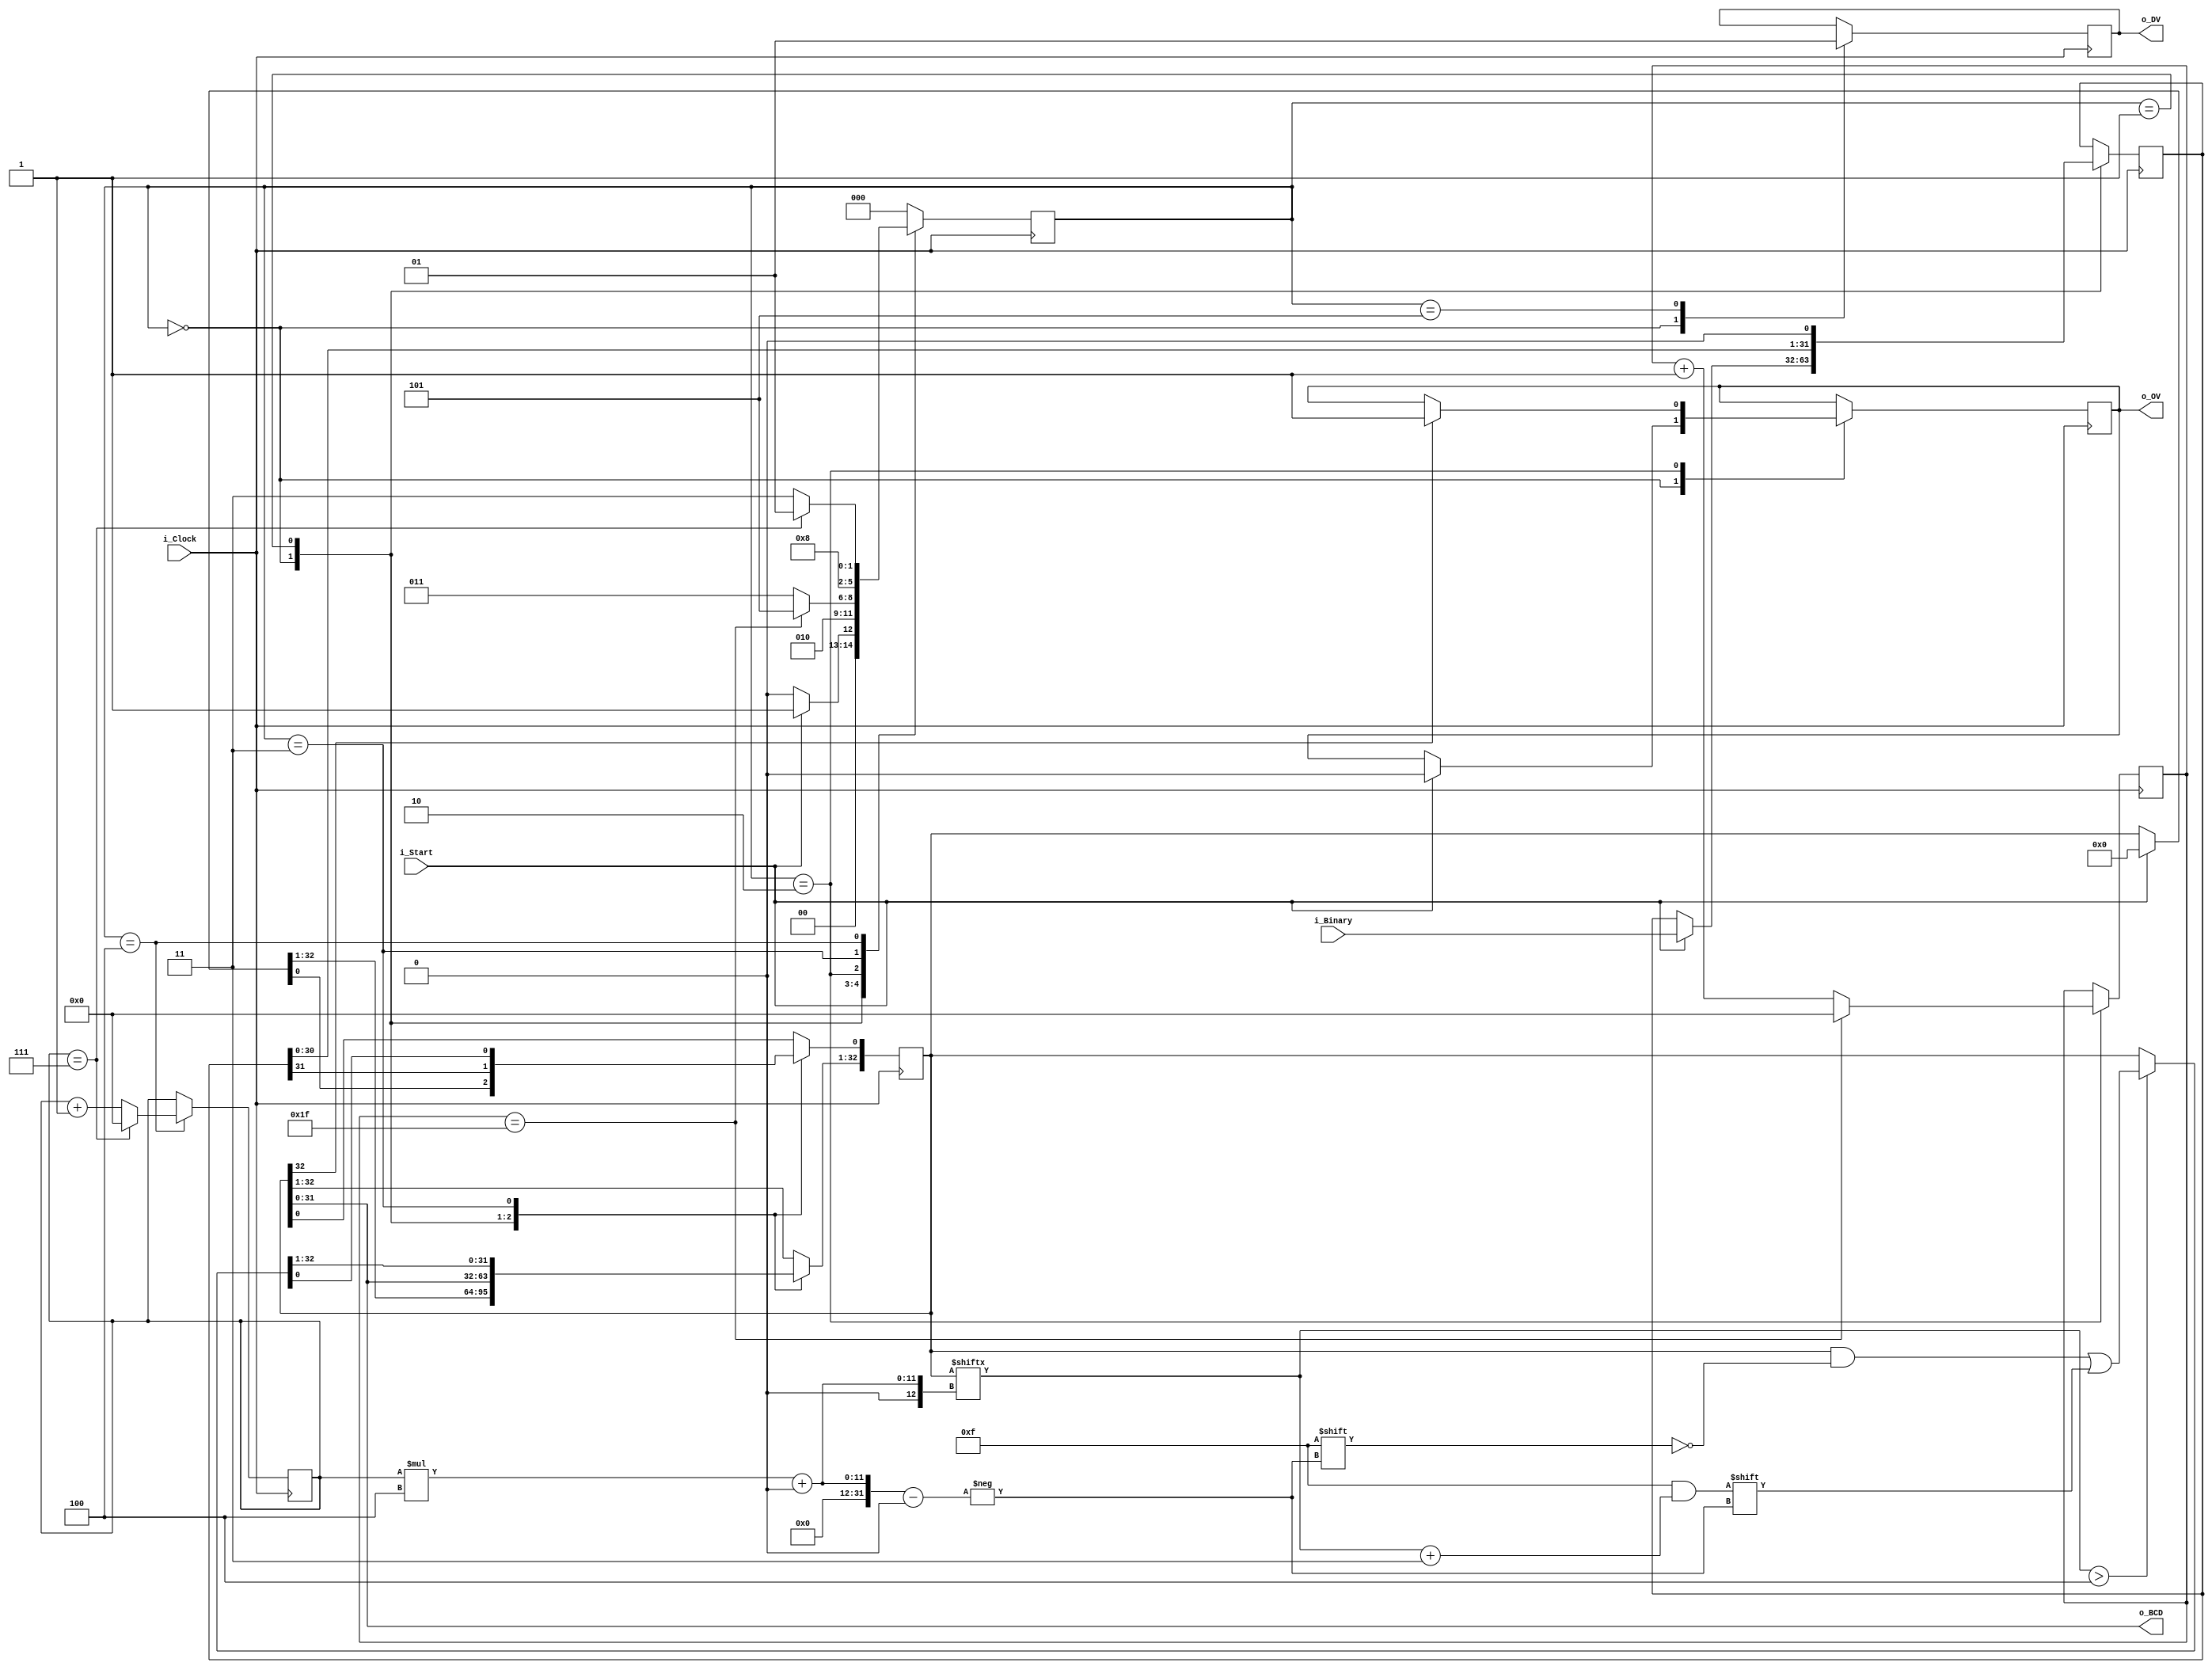
`timescale 1ns / 1ps

///////////////////////////////////////////////////////////////////////////////
// File Downloaded from http://www.nandland.com
///////////////////////////////////////////////////////////////////////////////
module Binary_to_BCD
  #(parameter INPUT_WIDTH = 32,
    parameter DECIMAL_DIGITS = 8)
  (
   input                         i_Clock,
   input [INPUT_WIDTH-1:0]       i_Binary,
   input                         i_Start,
   //
   output [DECIMAL_DIGITS*4-1:0] o_BCD,
   output                        o_DV,
   output                        o_OV
   );
   
  localparam s_IDLE              = 3'b000;
  localparam s_SHIFT             = 3'b001;
  localparam s_CHECK_SHIFT_INDEX = 3'b010;
  localparam s_ADD               = 3'b011;
  localparam s_CHECK_DIGIT_INDEX = 3'b100;
  localparam s_BCD_DONE          = 3'b101;
   
  reg [2:0] r_SM_Main = s_IDLE;
   
  // The vector that contains the output BCD, plus one bit for overflow detection.
  reg [DECIMAL_DIGITS*4:0] r_BCD = 0;
    
  // The vector that contains the input binary value being shifted.
  reg [INPUT_WIDTH-1:0]      r_Binary = 0;
      
  // Keeps track of which Decimal Digit we are indexing
  reg [DECIMAL_DIGITS-1:0]   r_Digit_Index = 0;
    
  // Keeps track of which loop iteration we are on.
  // Number of loops performed = INPUT_WIDTH
  reg [7:0]                  r_Loop_Count = 0;
 
  wire [3:0]                 w_BCD_Digit;
  reg                        r_DV = 1'b0;
  reg                        r_OV = 1'b0;
    
  always @(posedge i_Clock)
    begin
 
      case (r_SM_Main) 
  
        // Stay in this state until i_Start comes along
        s_IDLE :
          begin
            r_DV <= 1'b0;
             
            if (i_Start == 1'b1)
              begin
                r_Binary  <= i_Binary;
                r_SM_Main <= s_SHIFT;
                r_BCD     <= 0;
                r_OV      <= 0;
              end
            else
              r_SM_Main <= s_IDLE;
          end
                 
  
        // Always shift the BCD Vector until we have shifted all bits through
        // Shift the most significant bit of r_Binary into r_BCD lowest bit.
        s_SHIFT :
          begin
            r_BCD     <= r_BCD << 1;
            r_BCD[0]  <= r_Binary[INPUT_WIDTH-1];
            r_Binary  <= r_Binary << 1;
            r_SM_Main <= s_CHECK_SHIFT_INDEX;
          end          
         
  
        // Check if we are done with shifting in r_Binary vector
        s_CHECK_SHIFT_INDEX :
          begin
            if (r_BCD[DECIMAL_DIGITS*4] == 1'b1)        // If this uppermost bit of r_BCD is ever 1, we have overflowed the available decimal digits.
                r_OV <= 1;
            if (r_Loop_Count == INPUT_WIDTH-1)
              begin
                r_Loop_Count <= 0;
                r_SM_Main    <= s_BCD_DONE;
              end
            else
              begin
                r_Loop_Count <= r_Loop_Count + 1;
                r_SM_Main    <= s_ADD;
              end
          end
                 
  
        // Break down each BCD Digit individually.  Check them one-by-one to
        // see if they are greater than 4.  If they are, increment by 3.
        // Put the result back into r_BCD Vector.  
        s_ADD :
          begin
            if (w_BCD_Digit > 4)
              begin                                     
                r_BCD[(r_Digit_Index*4)+:4] <= w_BCD_Digit + 3;  
              end
             
            r_SM_Main <= s_CHECK_DIGIT_INDEX; 
          end       
         
         
        // Check if we are done incrementing all of the BCD Digits
        s_CHECK_DIGIT_INDEX :
          begin
            if (r_Digit_Index == DECIMAL_DIGITS-1)
              begin
                r_Digit_Index <= 0;
                r_SM_Main     <= s_SHIFT;
              end
            else
              begin
                r_Digit_Index <= r_Digit_Index + 1;
                r_SM_Main     <= s_ADD;
              end
          end
         
  
  
        s_BCD_DONE :
          begin
            r_DV      <= 1'b1;
            r_SM_Main <= s_IDLE;
          end
         
         
        default :
          r_SM_Main <= s_IDLE;
            
      endcase
    end // always @ (posedge i_Clock)  
 
   
  assign w_BCD_Digit = r_BCD[r_Digit_Index*4 +: 4];
       
  assign o_BCD = r_BCD[DECIMAL_DIGITS*4-1:0];  //Output BCD excludes the MSB overflow bit and is one bit shorter.
  assign o_DV  = r_DV;
  assign o_OV  = r_OV;
      
endmodule // Binary_to_BCD